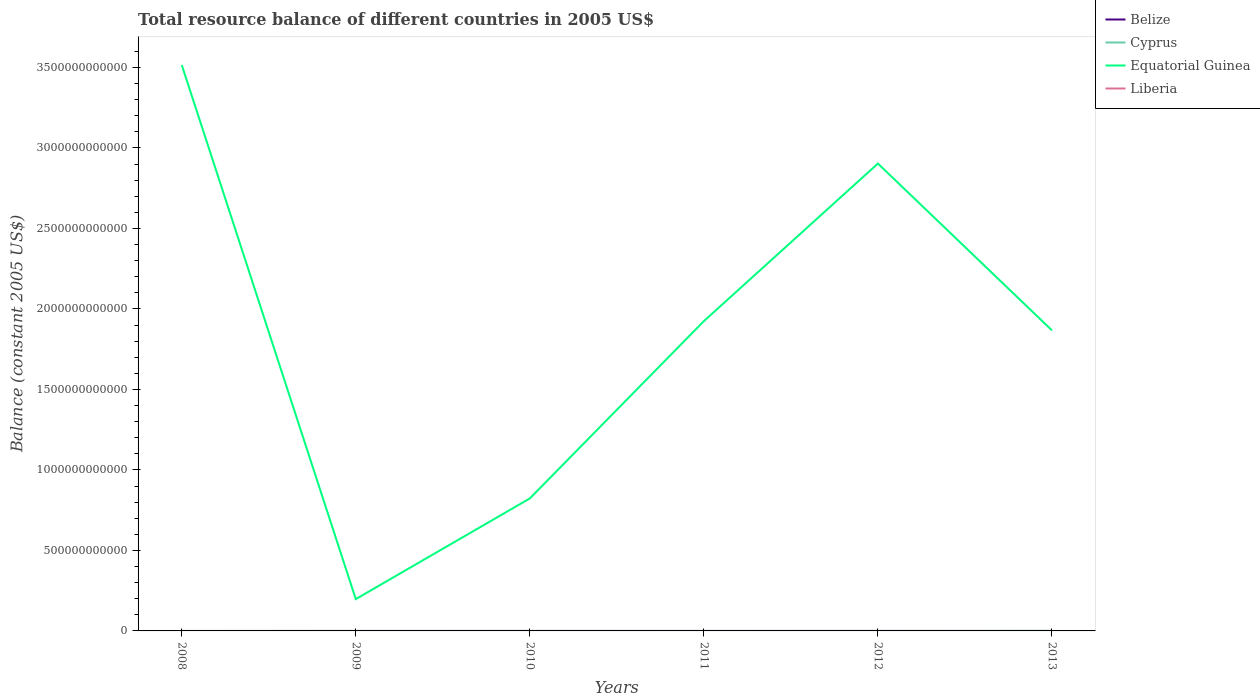
| Years | Belize | Cyprus | Equatorial Guinea | Liberia |
 | --- | --- | --- | --- | --- |
 | 2008 | -1.99e+08 | -2.02e+09 | 3.52e+12 | -1.46e+09 |
 | 2009 | -1.23e+08 | -8.29e+08 | 1.98e+11 | -1.2e+09 |
 | 2010 | 2.07e+07 | -1.06e+09 | 8.23e+11 | -1.32e+09 |
 | 2011 | -8.95e+07 | -6.66e+08 | 1.92e+12 | -1.56e+09 |
 | 2012 | -1.48e+07 | -3.75e+08 | 2.9e+12 | -1.2e+09 |
 | 2013 | -1.78e+08 | 4.5e+08 | 1.87e+12 | -1.01e+09 |